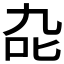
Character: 𭇍